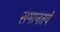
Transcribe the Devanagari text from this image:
समानतयें